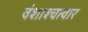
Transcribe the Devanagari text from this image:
वंशाश्चत्वार